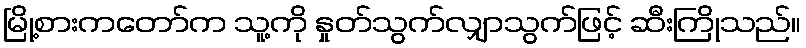
မြို့စားကတော်က သူ့ကို နှုတ်သွက်လျှာသွက်ဖြင့် ဆီးကြိုသည်။